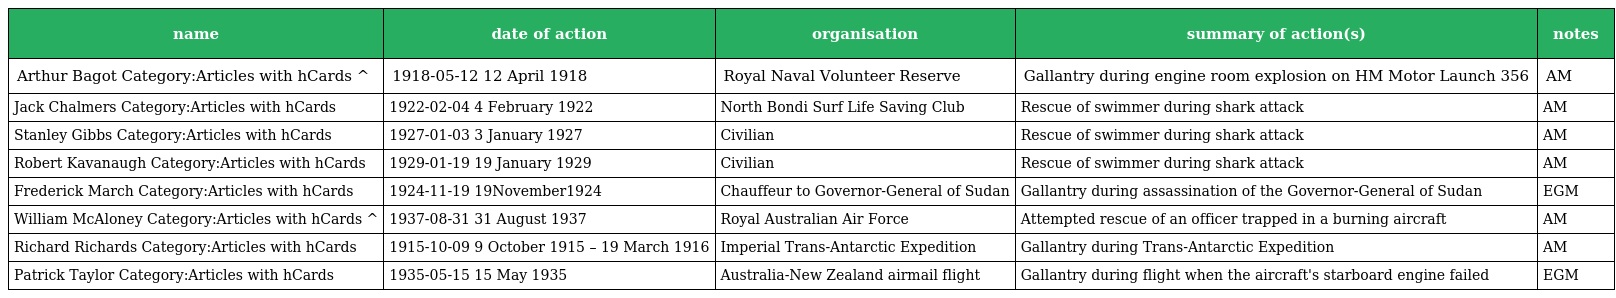
| name | date of action | organisation | summary of action(s) | notes |
 | --- | --- | --- | --- | --- |
 | Arthur Bagot Category:Articles with hCards ^ | 1918-05-12 12 April 1918 | Royal Naval Volunteer Reserve | Gallantry during engine room explosion on HM Motor Launch 356 | AM |
 | Jack Chalmers Category:Articles with hCards | 1922-02-04 4 February 1922 | North Bondi Surf Life Saving Club | Rescue of swimmer during shark attack | AM |
 | Stanley Gibbs Category:Articles with hCards | 1927-01-03 3 January 1927 | Civilian | Rescue of swimmer during shark attack | AM |
 | Robert Kavanaugh Category:Articles with hCards | 1929-01-19 19 January 1929 | Civilian | Rescue of swimmer during shark attack | AM |
 | Frederick March Category:Articles with hCards | 1924-11-19 19November1924 | Chauffeur to Governor-General of Sudan | Gallantry during assassination of the Governor-General of Sudan | EGM |
 | William McAloney Category:Articles with hCards ^ | 1937-08-31 31 August 1937 | Royal Australian Air Force | Attempted rescue of an officer trapped in a burning aircraft | AM |
 | Richard Richards Category:Articles with hCards | 1915-10-09 9 October 1915 – 19 March 1916 | Imperial Trans-Antarctic Expedition | Gallantry during Trans-Antarctic Expedition | AM |
 | Patrick Taylor Category:Articles with hCards | 1935-05-15 15 May 1935 | Australia-New Zealand airmail flight | Gallantry during flight when the aircraft's starboard engine failed | EGM |